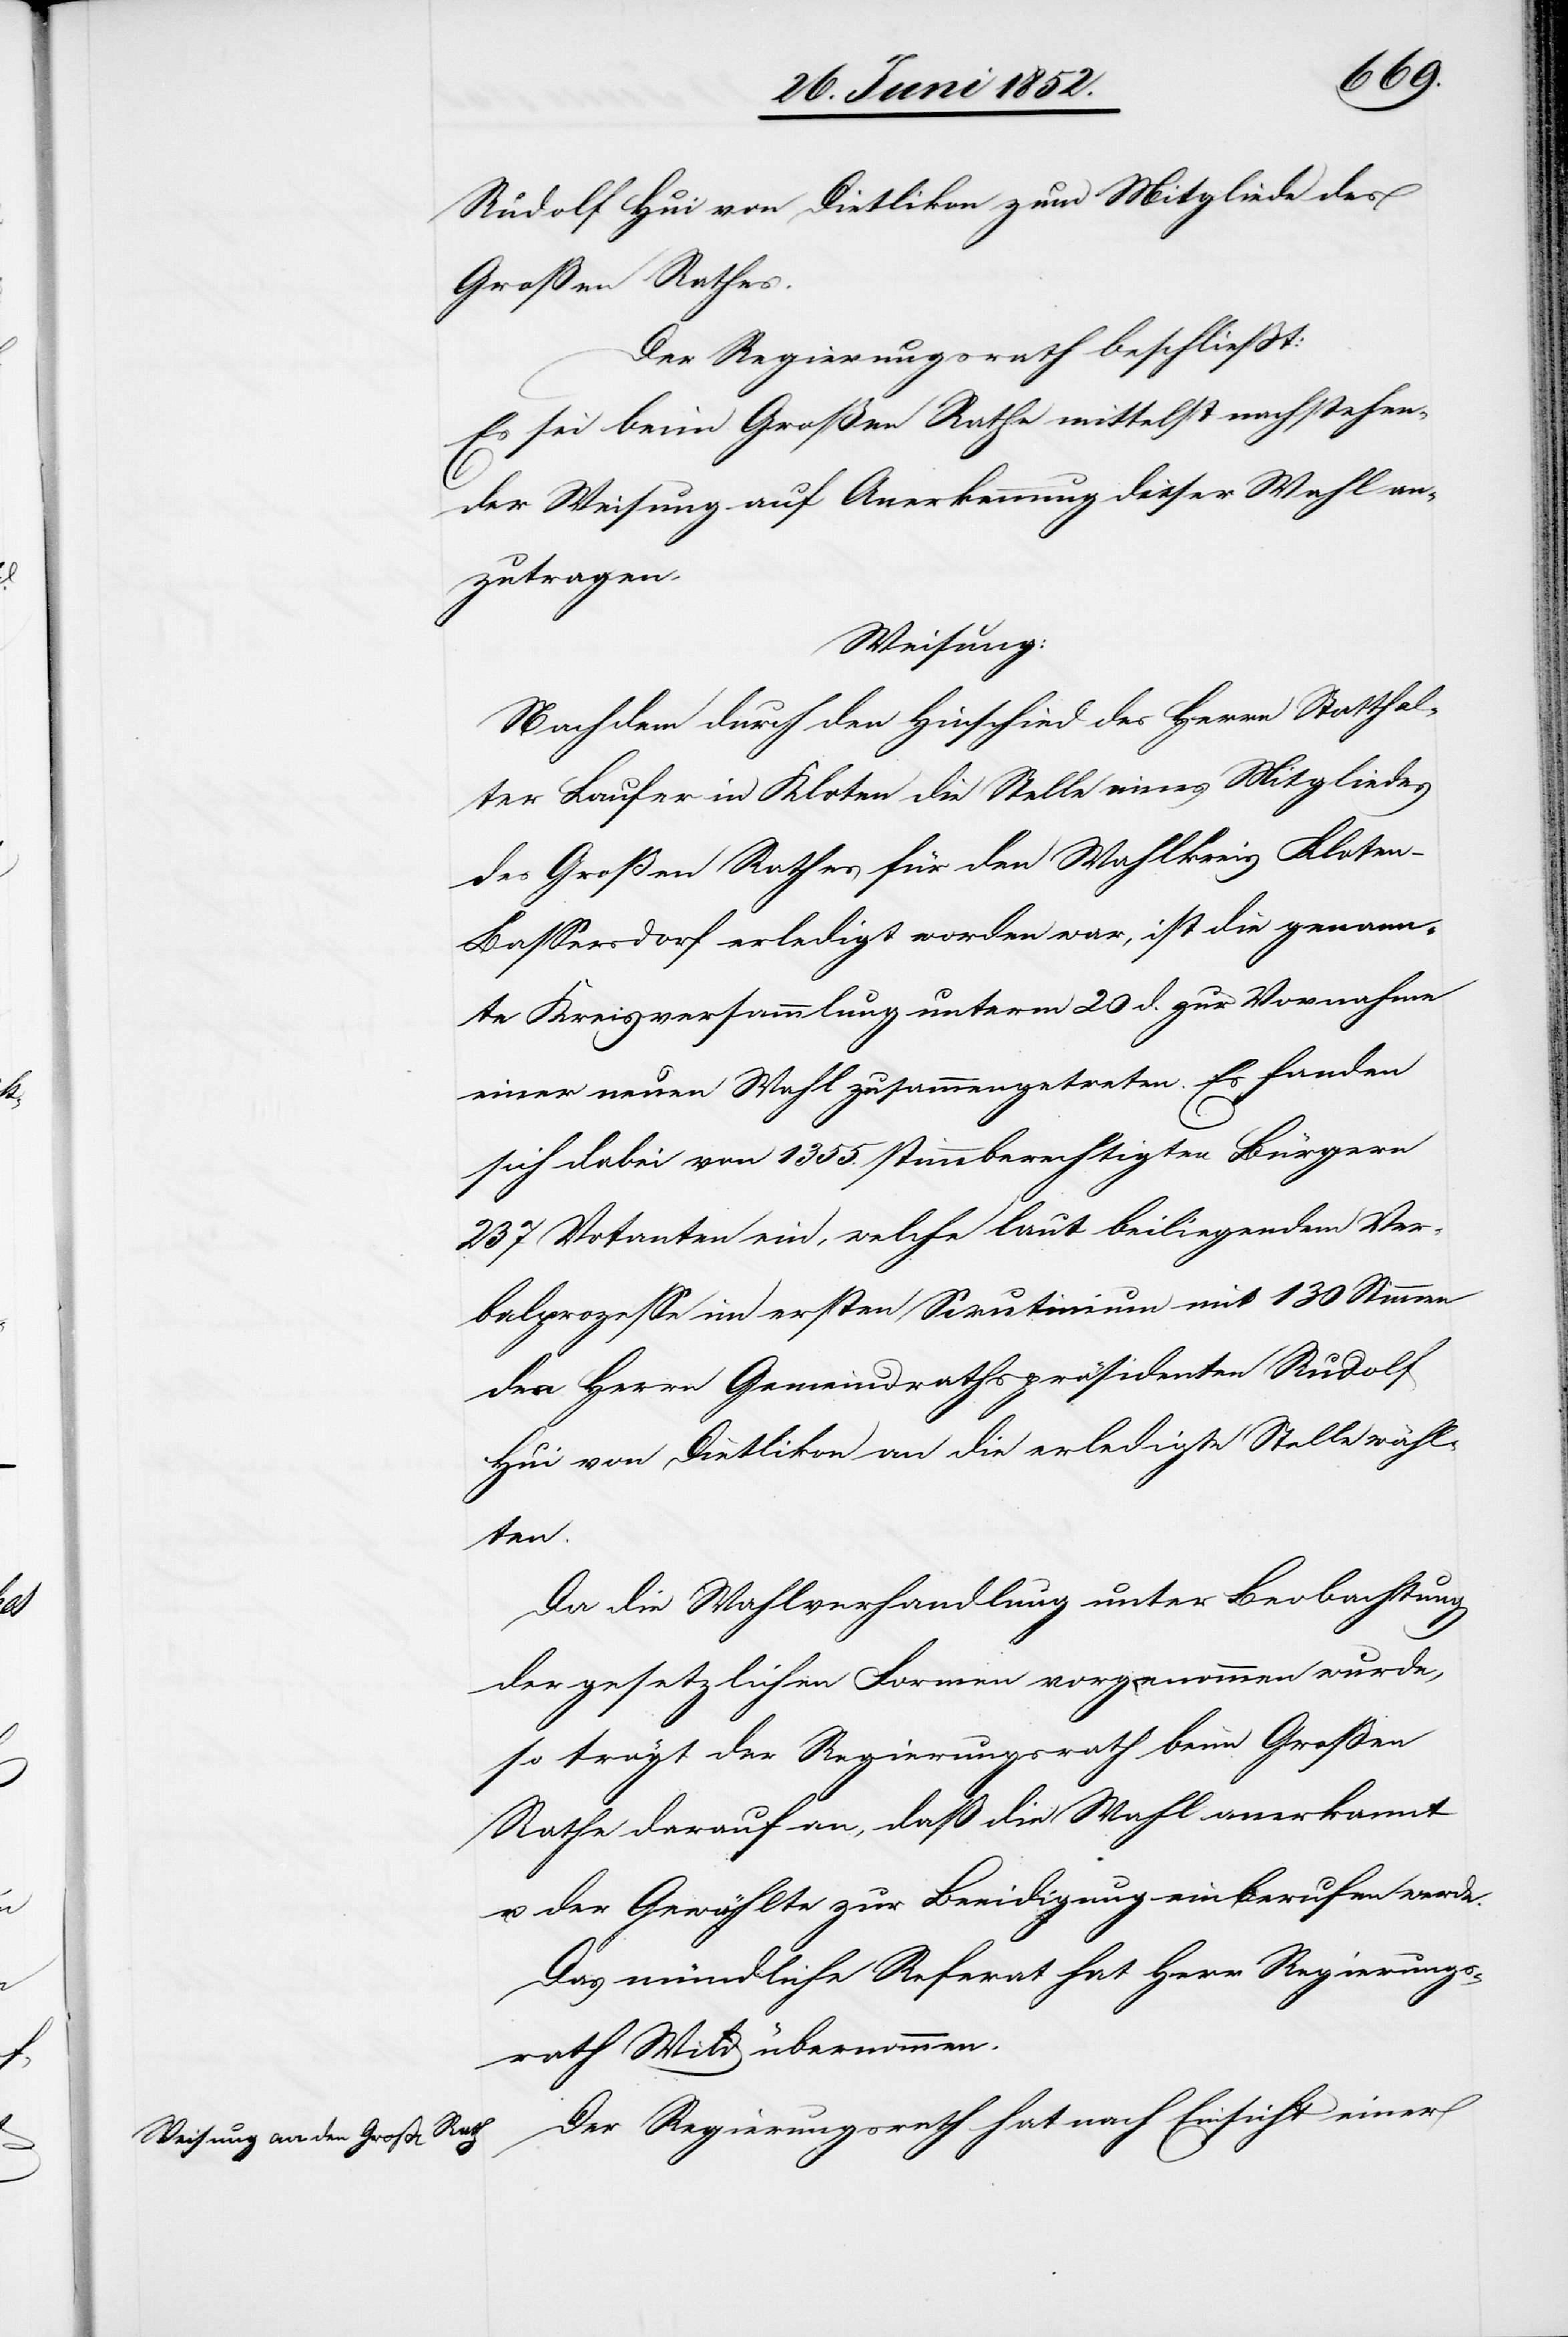
Rudolf Hui von Dietlikon zum Mitgliede des
Großen Rathes.
Der Regierungsrath beschließt:
Es sei beim Großen Rathe mittelst nachstehen¬
der Weisung auf Anerkennung dieser Wahl an¬
zutragen,
Weisung:
Nach dem durch den Hinschied des Herrn Statthal¬
ter Laufer in Kloten die Stelle eines Mitgliedes
des Großen Rathes für den Wahlkreis Kloten-B¬
assersdorf erledigt worden war, ist die genann¬
te Kreisversammlung unterm 20 d. zur Vornahme
einer neuen Wahl zusammengetreten. Es fanden
sich dabei von 1355. stimmberechtigten Bürgern
237 Votanten ein, welche laut beiliegendem Ver¬
balprozese im ersten Scrutinium mit 130 Stimmen
den Herrn Gemeindrathspräsidenten Rudolf
Hui von Dietlikon an die erledigte Stelle wähl¬
ten.
Da die Wahlverhandlung unter Beobachtung
der gesetzlichen Formen vorgenommen wurde,
so trägt der Regierungsrath beim Großen
Rathe darauf an, daß die Wahl anerkannt
u. der Gewählte zur Beeidigung einberufen werde.
Das mündliche Referat hat Herr Regierungs¬
rath Wild übernommen.
Der Regierungsrath hat nach Einsicht einer